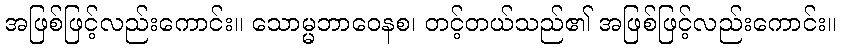
အဖြစ်ဖြင့်လည်းကောင်း။ သောမ္မဘာဝေနစ၊ တင့်တယ်သည်၏ အဖြစ်ဖြင့်လည်းကောင်း။